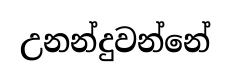
උනන්දුවන්නේ